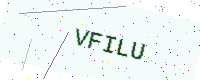
Text: VFILU